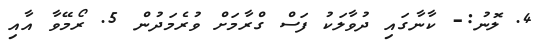
4. ލޮނު:- ކާނާގައި ދުވާލަކު ފަސް ގްރާމަށް ވުރެމަދުން 5. ރޯމޭވާ އާއި